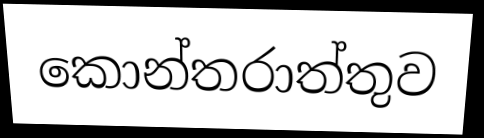
කොන්තරාත්තුව